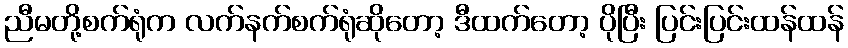
ညီမတို့စက်ရုံက လက်နက်စက်ရုံဆိုတော့ ဒီထက်တော့ ပိုပြီး ပြင်းပြင်းထန်ထန်